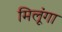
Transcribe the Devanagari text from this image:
मिलूंगा